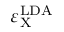
\varepsilon _ { \mathrm { X } } ^ { \mathrm { L D A } }